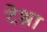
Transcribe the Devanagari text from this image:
देश्ना